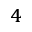
^ { 4 }